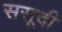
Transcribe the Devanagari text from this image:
ससूदी